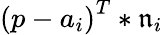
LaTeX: {\left(p-a_{i}\right)}^{T}*\mathfrak{n}_{i}